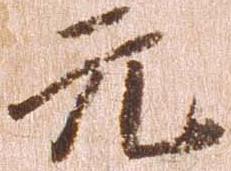
元